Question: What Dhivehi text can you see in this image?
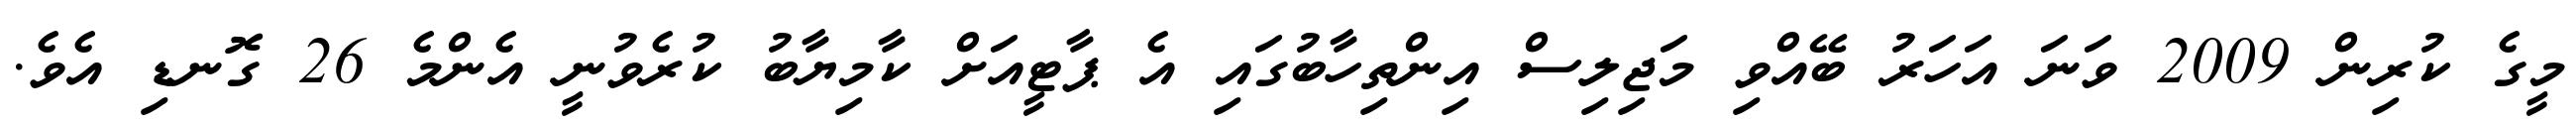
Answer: މީގެ ކުރިން 2009 ވަނަ އަހަރު ބޭއްވި މަޖިލިސް އިންތިހާބުގައި އެ ޕާޓީއަށް ކާމިޔާބު ކުރެވުނީ އެންމެ 26 ގޮނޑި އެވެ.